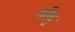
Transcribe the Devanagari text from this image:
श्रीयु